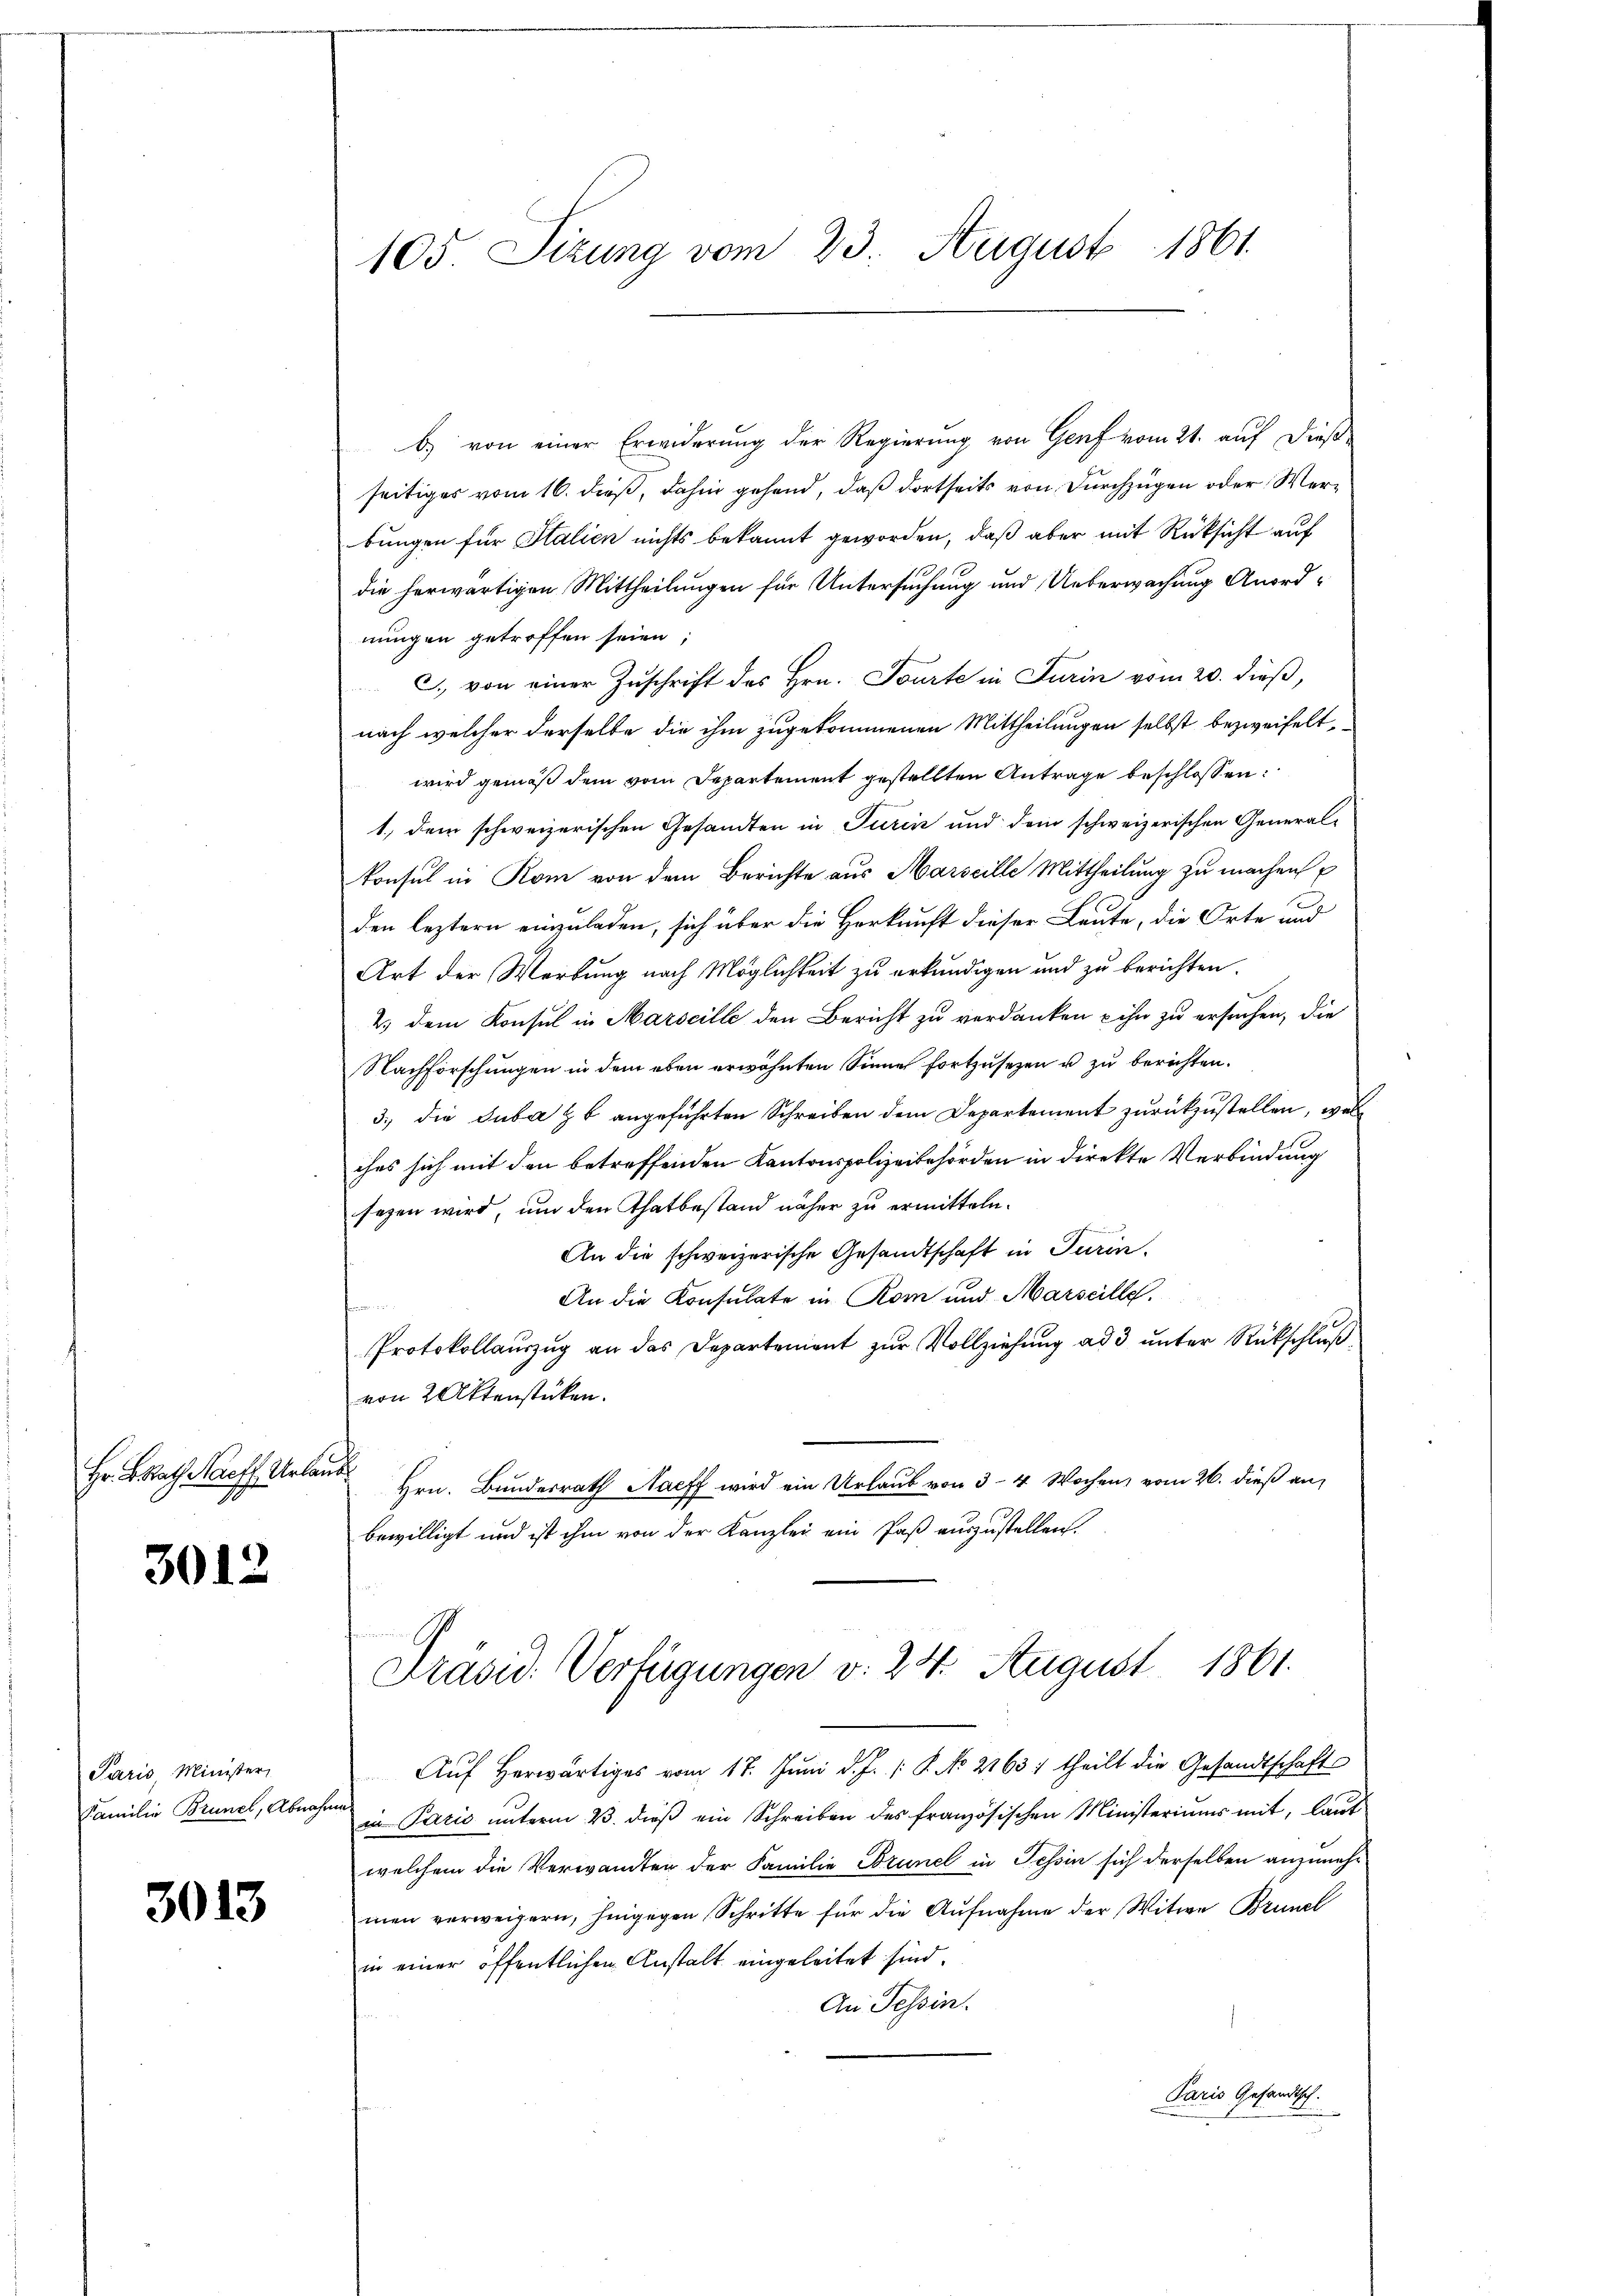
Hr. Brath Harff Urlaub

3012

Paris Minister,
Familie Brünel, Abnahm

3013

105. Sizung vom 23. August 1861.

b) von einer Erwiderung der Regierung von Genf vom 21. auf dieß
seitiges vom 16. dieß, dahin gehend, daß dortseits von Durchzügen oder Werbungen für Stalien nichts bekannt geworden, daß aber mit Rücksicht auf
die herwärtigen Mittheilungen für Untersuchung und Ueberwachung Anordnungen getroffen seien;
C. von einer Zuschrift des Hrn. Tourte in Turin vom 20. dieß,
nach welcher derselbe die ihm zugekommenen Mittheilungen selbst bezweifelt,
wird gemäß dem vom Departement gestellten Antrage beschlossen:
1., dem schweizerischen Gesandten in Turin und dem schweizerischen General-
konsul in Rom von dem Berichte aus Marseille Mittheilung zu machen
den leztern einzuladen, sich über die Herkunft dieser Leute, die Orte und
Art der Werbung nach Möglichkeit zu erkundigen und zu berichten.
2.) dem Konsul in Marseille den Bericht zu verdanken & ihn zu ersuchen, die
Nachforschungen in dem eben erwähnten Sinne fortzusezen u zu berichten.
3., die Suba zb. angeführten Schreiben dem Departement zurückzustellen, was
ches sich mit den betreffenden Kantonspolizeibehörden in direkte Verbindung
sezen wird, um den Thatbestand näher zu ermitteln.
An die schweizerische Gesandtschaft in Turin.
An die Konsulate in Rom und Marseille.
Protokollaŭszŭg an das Departement zŭr Vollziehŭng ad 3 ŭnter Rückschlŭβ
von 2 Aktenstücken.
Hrn. Bundesrath Naeff wird ein Urlaub von 3–4 Wochen, vom 26. dieß an,
bewilligt und ist ihm von der Kanzlei ein Paß auszustellen.
Präsid. Verfügungen v. 24. August 1861.
Aŭf herwärtiges vom 17. Juni d. J. 18. No 2163: theilt die Gesandtschafts
t
in Paris unterm 23. dieß ein Schreiben des französischen Ministeriums mit, laut
welchem die Verwandten der Familie Brunel in Tessin sich derselben anzunehmen verweigern, hingegen Schritte für die Aŭfnahme der Witwe Brunel
in einer öffentlichen Anstalt eingeleitet sind.
An Tessin.
Paris Gesandtsch.